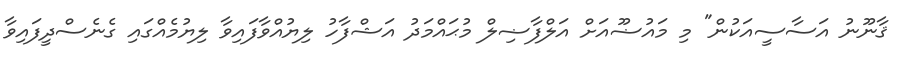
ޤާނޫނު އަސާސީއަކުން" މި މައުޟޫއަށް އަލްފާޟިލް މުޙައްމަދު އަޝްފާހު ލިޔުއްވާފައިވާ ލިޔުމެއްގައި ގެނެސްދީފައިވާ